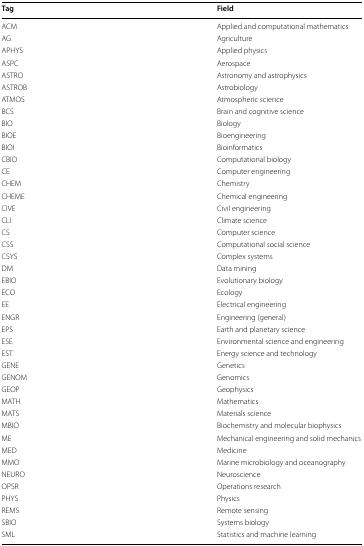
| Tag | Field |
 | --- | --- |
 | ACM | Applied and computational mathematics |
 | AG | Agriculture |
 | APHYS | Applied physics |
 | ASPC | Aerospace |
 | ASTRO | Astronomy and astrophysics |
 | ASTROB | Astrobiology |
 | ATMOS | Atmospheric science |
 | BCS | Brain and cognitive science |
 | BIO | Biology |
 | BIOE | Bioengineering |
 | BIOI | Bioinformatics |
 | CBIO | Computational biology |
 | CE | Computer engineering |
 | CHEM | Chemistry |
 | CHEME | Chemical engineering |
 | CIVE | Civil engineering |
 | CLI | Climate science |
 | CS | Computer science |
 | CSS | Computational social science |
 | CSYS | Complex systems |
 | DM | Data mining |
 | EBIO | Evolutionary biology |
 | ECO | Ecology |
 | EE | Electrical engineering |
 | ENGR | Engineering (general) |
 | EPS | Earth and planetary science |
 | ESE | Environmental science and engineering |
 | EST | Energy science and technology |
 | GENE | Genetics |
 | GENOM | Genomics |
 | GEOP | Geophysics |
 | MATH | Mathematics |
 | MATS | Materials science |
 | MBIO | Biochemistry and molecular biophysics |
 | ME | Mechanical engineering and solid mechanics |
 | MED | Medicine |
 | MMO | Marine microbiology and oceanography |
 | NEURO | Neuroscience |
 | OPSR | Operations research |
 | PHYS | Physics |
 | REMS | Remote sensing |
 | SBIO | Systems biology |
 | SML | Statistics and machine learning |